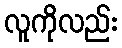
လူကိုလည်း